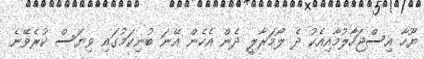
ޔޫހާ އިސްޖަހާލުމާއިއެކު ދެ ލޯމަރާލީ ދެން އެހެން އޭނަ ބުނިކަމުގައި ވިޔަސް ކުރެވޭނެ